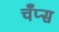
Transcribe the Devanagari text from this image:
चँप्स